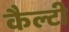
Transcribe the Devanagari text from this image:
कैल्टी